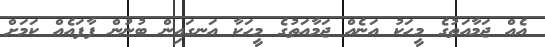
އެއް ޖަމާއަތުގެ މީހަކު އަނެއް ޖަމާއަތުގެ މީހަކާ އަނގައިން ބުނުން ފާފައެއް ކަމަށް